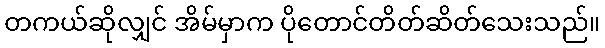
တကယ်ဆိုလျှင် အိမ်မှာက ပိုတောင်တိတ်ဆိတ်သေးသည်။